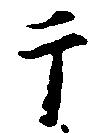
于